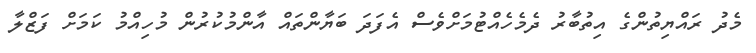
މެދު ރައްޔިތުންގެ އިތުބާރު ދެމެހެއްޓުމަށްވެސް އެފަދަ ބަޔާންތައް އާންމުކުރުން މުހިއްމު ކަމަށް ފަޒްލާ